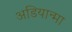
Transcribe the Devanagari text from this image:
अडियान्मा